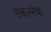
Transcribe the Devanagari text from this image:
संकल्प्नेचा